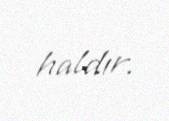
haldır.